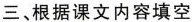
三、根据课文内容填空